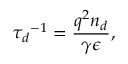
{ \tau _ { d } } ^ { - 1 } = \frac { q ^ { 2 } n _ { d } } { \gamma \epsilon } ,